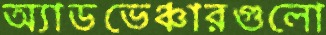
অ্যাডভেঞ্চারগুলো